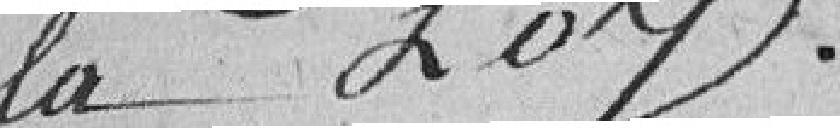
la loy.